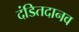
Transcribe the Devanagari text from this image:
दंडितदानव